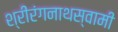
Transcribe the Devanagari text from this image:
श्रीरंगनाथस्वामी